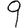
Digit: 9